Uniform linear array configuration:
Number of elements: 24
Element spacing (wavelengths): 0.25
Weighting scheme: hamming
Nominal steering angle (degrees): -45
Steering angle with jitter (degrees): -45.04
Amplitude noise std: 0.05
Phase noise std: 0.05

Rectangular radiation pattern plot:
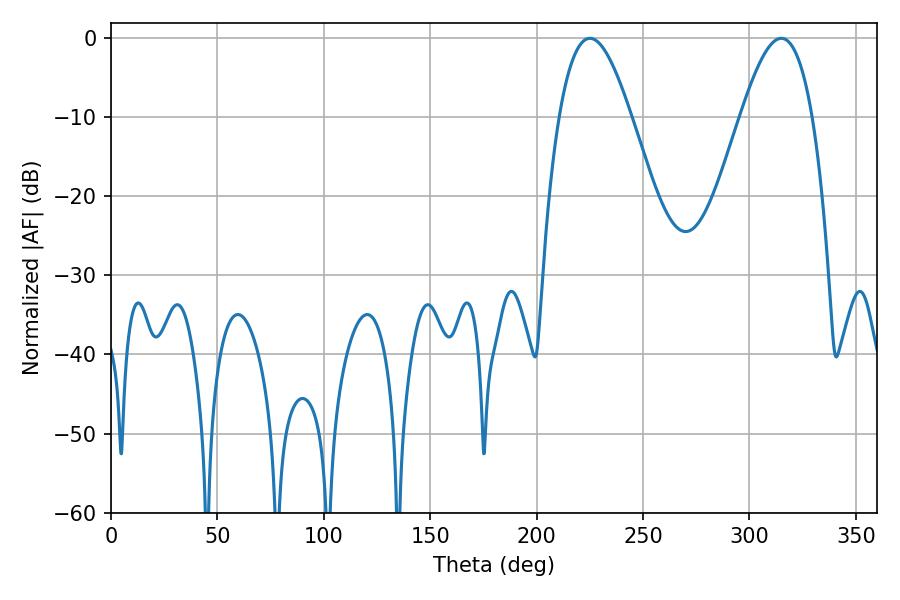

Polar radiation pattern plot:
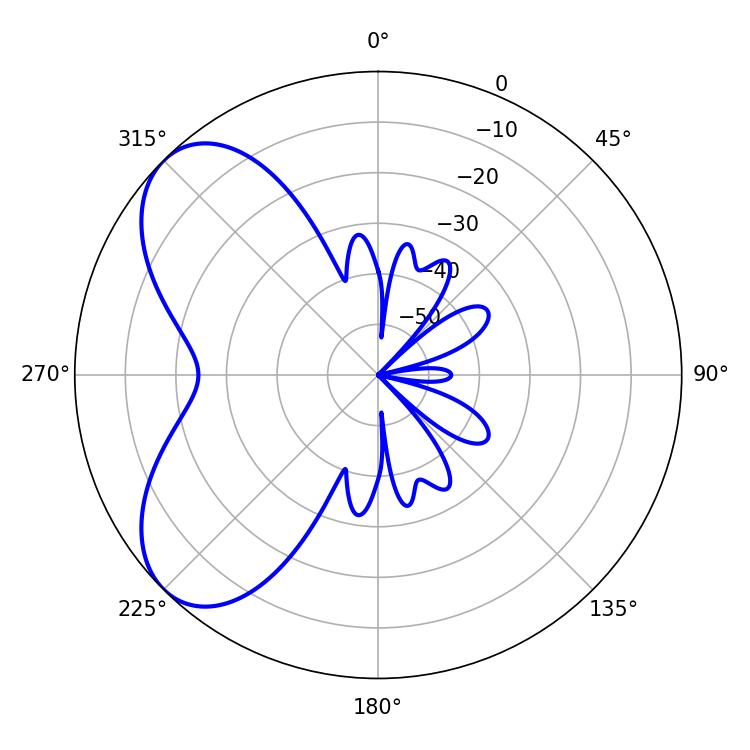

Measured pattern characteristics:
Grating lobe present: FALSE
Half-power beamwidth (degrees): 18.36
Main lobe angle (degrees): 225